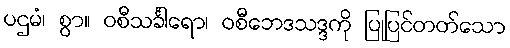
ပဌမံ၊ စွာ။ ဝစီသင်္ခါရော၊ ဝစီဘေဒသဒ္ဒကို ပြုပြင်တတ်သော